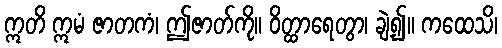
ဣတိ ဣမံ ဇာတကံ၊ ဤဇာတ်ကို။ ဝိတ္ထာရေတွာ၊ ချဲ့၍။ ကထေသိ၊